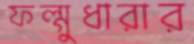
ফল্গুধারার